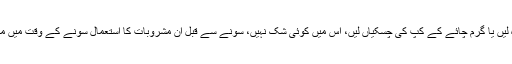
آپ سافٹ ڈرنک کا مزہ لیں یا گرم چائے کے کپ کی چسکیاں لیں، اس میں کوئی شک نہیں، سونے سے قبل ان مشروبات کا استعمال سونے کے وقت میں مداخلت کا باعث بنتا ہے۔